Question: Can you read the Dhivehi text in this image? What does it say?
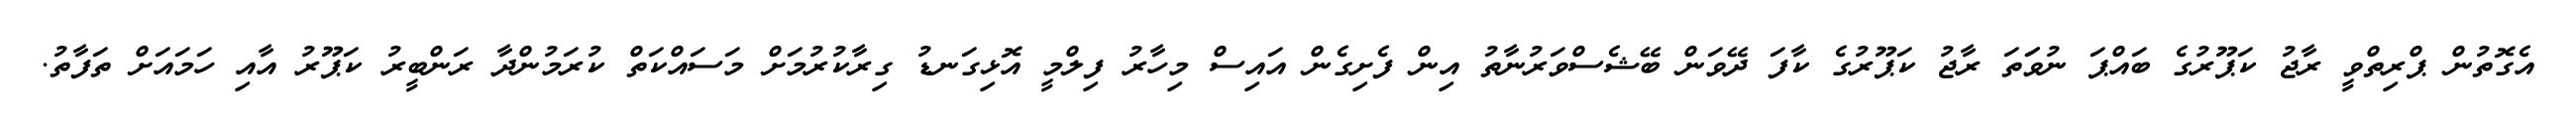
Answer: އެގޮތުން ޕްރިތްވީ ރާޖު ކަޕޫރުގެ ބައްޕަ ނުވަަތަ ރާޖު ކަޕޫރުގެ ކާފަ ދޭވަން ބޭޝެސްވަރުނާތު އިން ފެށިގެން އައިސް މިހާރު ފިލްމީ އޮޅިގަނޑު ގިރާކުރުމަށް މަސައްކަތް ކުރަމުންދާ ރަންބީރު ކަޕޫރު އާއި ހަމައަށް ތަފާތު.